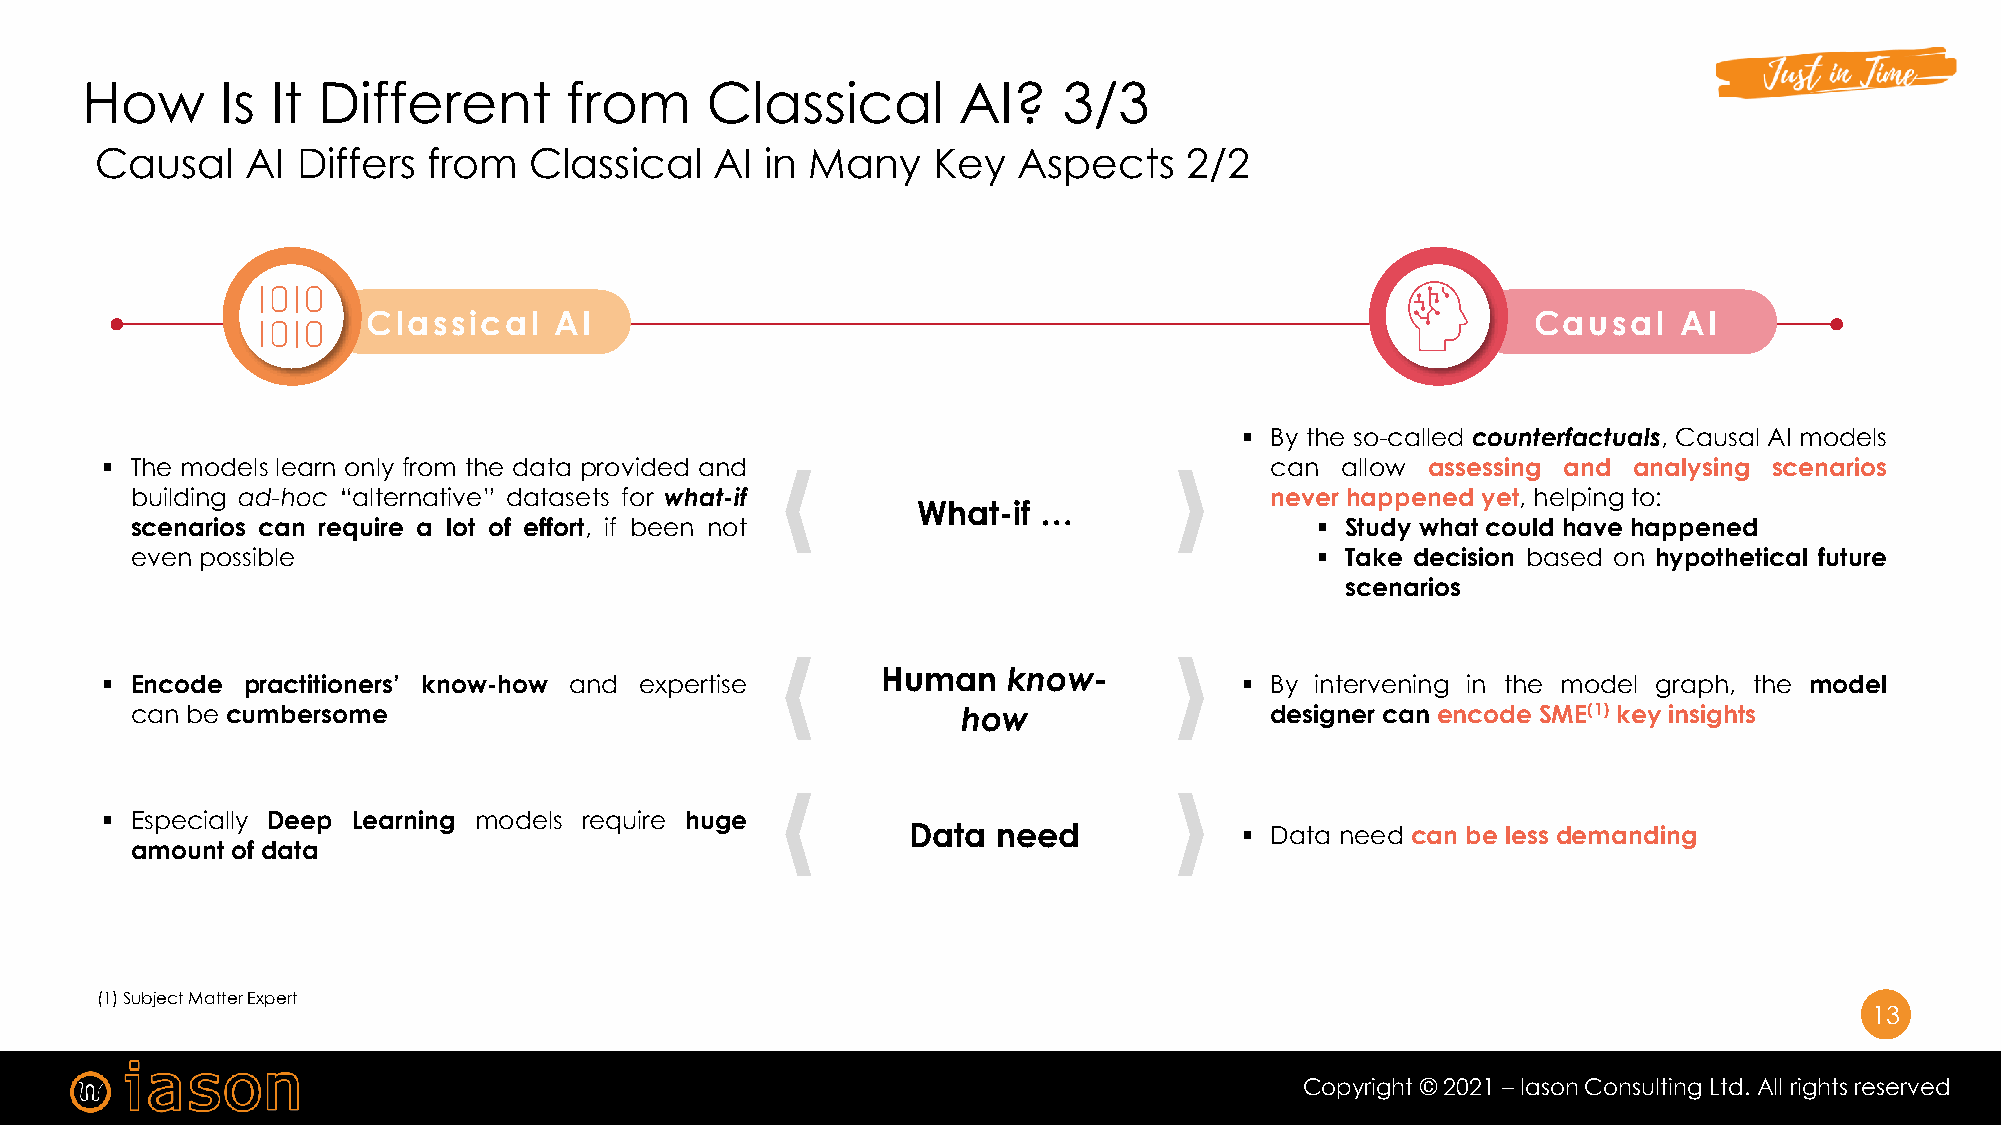
How       Is It Different       from      Classical       AI?    3/3
 Causal    AI  Differs from   Classical   AI  in Many    Key  Aspects    2/2
 Classical    AI                                                              Causal    AI
 ▪ By the so-called counterfactuals, Causal AI models
 ▪ The models learn only from the data provided and                           can  allow assessing and analysing scenarios
 building ad-hoc “alternative” datasets for what-if                         never happened yet, helping to:
 What-if …
 scenarios can require a lot of effort, if been not                            ▪ Study what could have happened
 even possible                                                                 ▪ Take decision based on hypothetical future
 scenarios
 Human    know-
 ▪ Encode practitioners’ know-how and expertise                             ▪ By intervening in the model graph, the model
 can be cumbersome                                      how                 designer can encode SME(1) key insights
 ▪ Especially Deep Learning models require huge
 Data  need            ▪ Data need can be less demanding
 amount of data
 13
 (1) Subject Matter Expert
 13
 Copyright © 2021 – Iason Consulting Ltd. All rights reserved